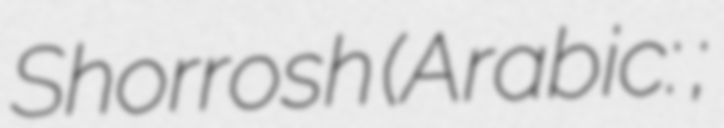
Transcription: Shorrosh (Arabic: أنيس شروش;